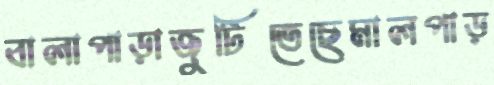
বালাপাড়াজুটিতেছেমালপাড়